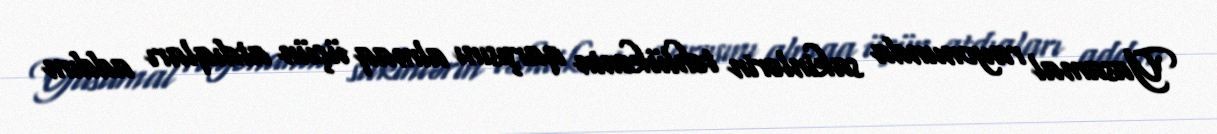
Yasamal rayonunda sakinlərin təhlükənin qarşısını almaq üçün atdıqları addım